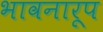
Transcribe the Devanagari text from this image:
भावनारूप